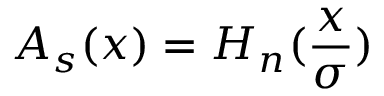
A _ { s } ( x ) = H _ { n } ( \frac { x } { \sigma } )